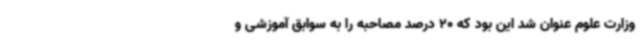
وزارت علوم عنوان شد این بود که 20 درصد مصاحبه را به سوابق آموزشی و